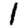
Digit: 1